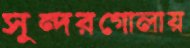
সুন্দরগোলায়